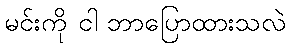
မင်းကို ငါ ဘာပြောထားသလဲ